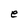
Character: e